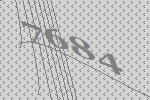
7684